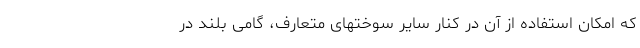
که امکان استفاده از آن در کنار سایر سوختهای متعارف، گامی بلند در